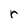
Character: r